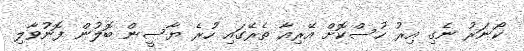
ކޯނަރު ނެގި އިރު ހުސްކޮށް އޭރިއާ ތެރޭގައި ހުރެ ޔާސީން ބޮލުން ފޮނުވާލި